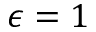
\epsilon = 1